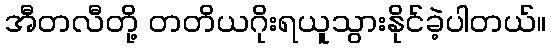
အီတလီတို့ တတိယဂိုးရယူသွားနိုင်ခဲ့ပါတယ်။